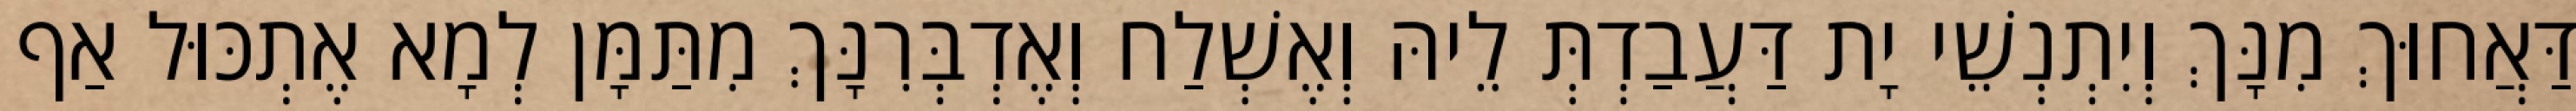
דַּאֲחוּךְ מִנָּךְ וְיִתְנְשֵׁי יָת דַּעֲבַדְתְּ לֵיהּ וְאֶשְׁלַח וְאֶדְבְּרִנָּךְ מִתַּמָּן לְמָא אֶתְכּוּל אַף